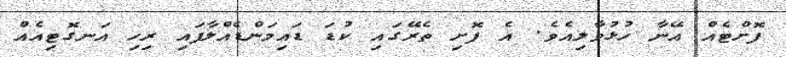
ފޮށްޓެއް އޭނާ ހުޅުވާލިއެވެ. އެ ފޮށި ތެރޭގައި ކުޑަ ޑައިމަންޑެއްލާފައި ރިހި އަނގޮޓިއެއް